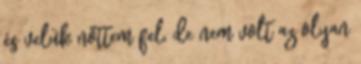
és velük nőttem fel, de nem volt az olyan